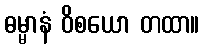
ဓမ္မာနံ ဝိစယော တထာ။